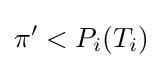
\pi '<P_{i}(T_{i})